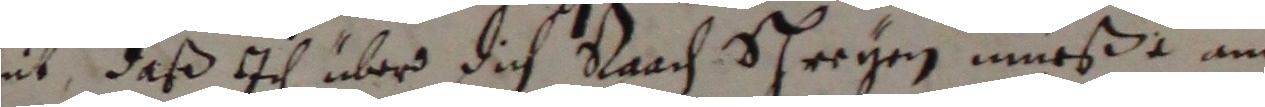
nit, daß ich über dich raach schreyen müeße am